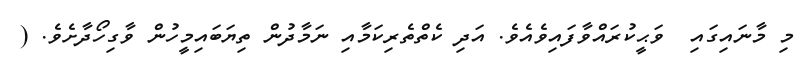
މި މާނައިގައި  ވަޙީކުރައްވާފައިވެއެވެ. އަދި ކެތްތެރިކަމާއި ނަމާދުން ތިޔަބައިމީހުން ވާގިހޯދާށެވެ. (